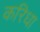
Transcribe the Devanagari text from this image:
करिधा